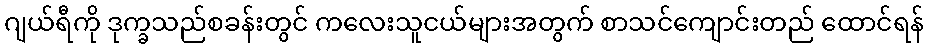
ဂျယ်ရီကို ဒုက္ခသည်စခန်းတွင် ကလေးသူငယ်များအတွက် စာသင်ကျောင်းတည် ထောင်ရန်